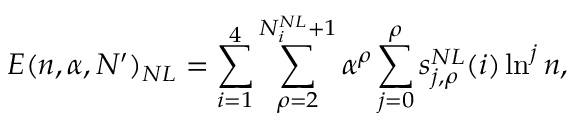
E ( n , \alpha , N ^ { \prime } ) _ { N L } = \sum _ { i = 1 } ^ { 4 } \sum _ { \rho = 2 } ^ { N _ { i } ^ { N L } + 1 } \alpha ^ { \rho } \sum _ { j = 0 } ^ { \rho } s _ { j , \rho } ^ { N L } ( i ) \ln ^ { j } n ,